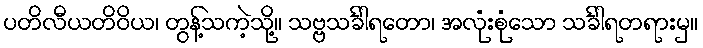
ပတိလီယတိဝိယ၊ တွန့်သကဲ့သို့။ သဗ္ဗသင်္ခါရတော၊ အလုံးစုံသော သင်္ခါရတရားမှ။